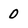
Character: 0